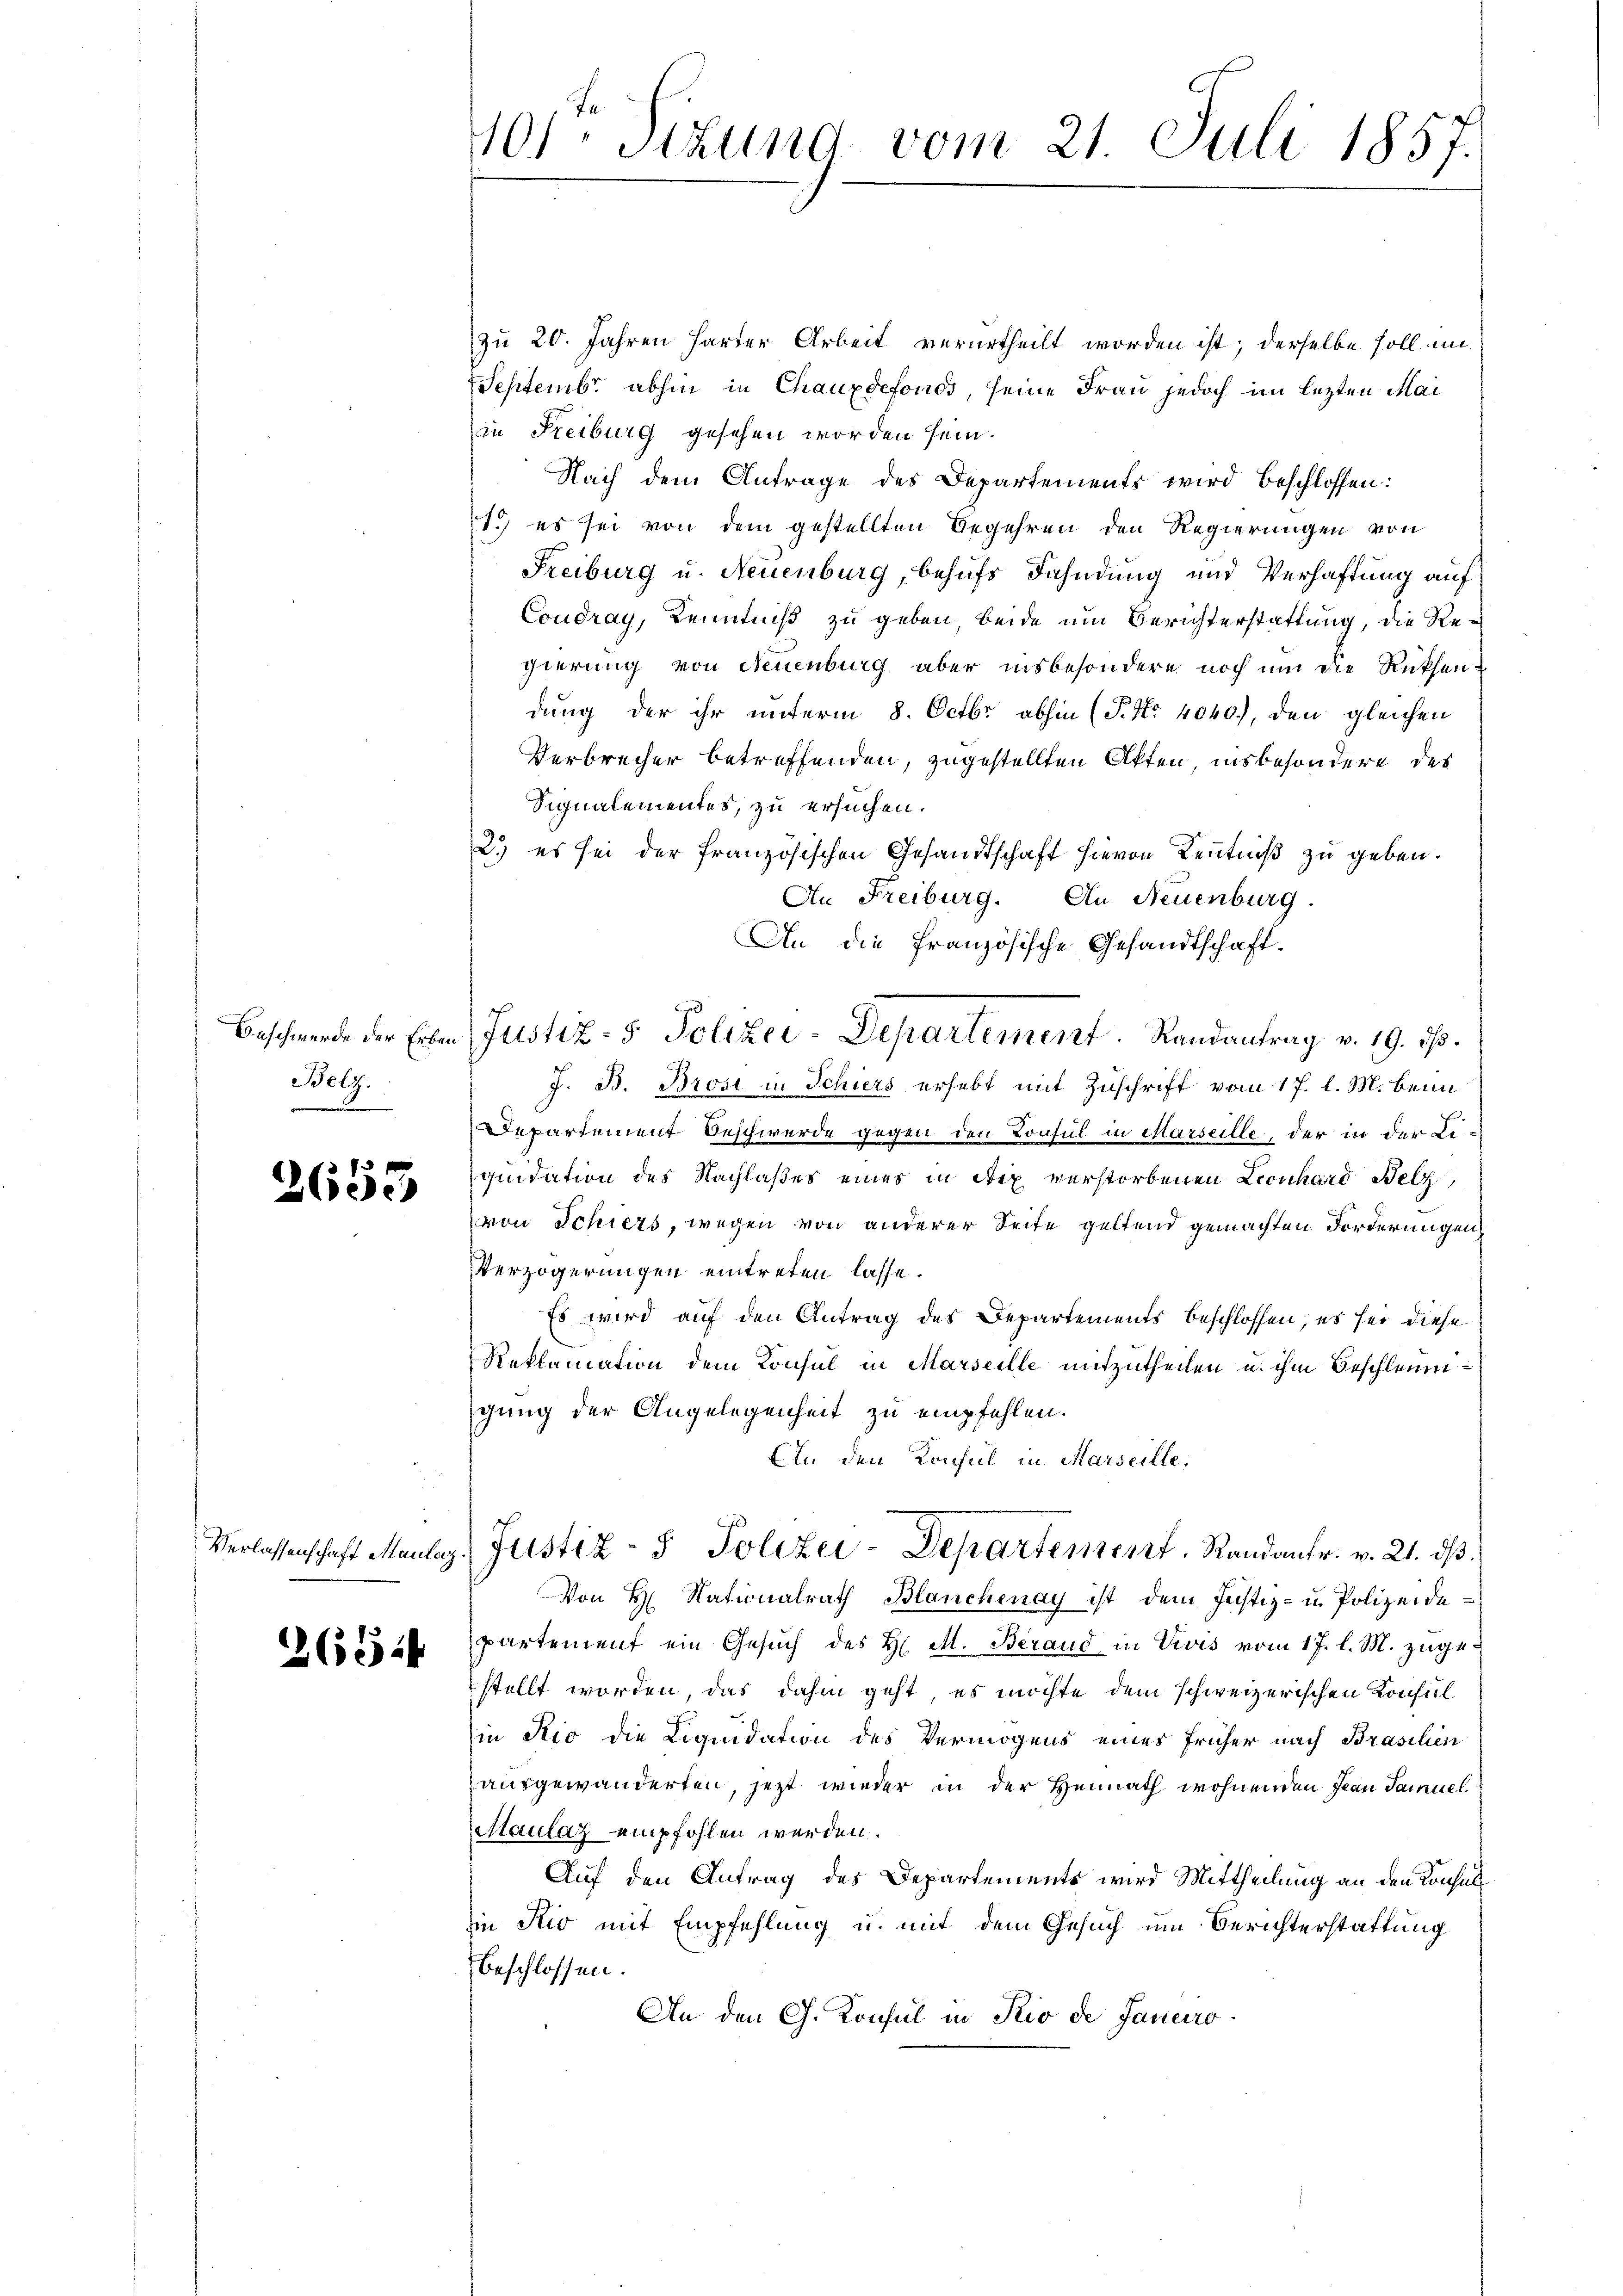
Beschwerde der Erben
Belg.

2653

Verlassenschaft Maulaz

265.

101 Stund vom 21. Juli 1857.

zu 20. Jahren harter Arbeit verurtheilt worden ist; derselbe soll in
Septembr abhin in Chauxdefonds, seine Frau jedoch im lezten Mai
in Freiburg gesehen worden sein.
Nach dem Antrage des Departements wird beschlossen:
1.) es sei von dem gestellten Begehren den Regierungen von
Freiburg u. Neuenburg, behufs Fahndung und Verhaftung auf
Coudray, Kenntniß zu geben, beide um Berichterstattung, die Regierung von Neuenburg aber insbesondere noch um die Rükhen-
dung der ihr unterm 8. Octbr. abhin (P. Nr. 4040.), den gleichen
Verbrecher betreffenden, zugestellten Akten, insbesondere des
Signalementes, zu ersuchen.
2.) es sei der französischen Gesandtschaft hievon Kenntniß zu geben.
An Freiburg. An Neuenburg.
An die französische Gesandtschaft.
J. B. Brost in Schiers erhebt mit Zuschrift vom 17. l. M. beim
Departement Beschwerde gegen den Konsul in Marseille, der in der Liquidation des Nachlaßes eines in Arx verstorbenen Leonhard Belz
von Schiers, wegen von anderer Seite geltend gemachten Forderungen,
Verzögerungen eintreten lasse.
Es wird auf den Antrag des Departements beschlossen; es sei diese
Reklamation dem Konsul in Marseille mitzutheilen u. ihm beschleum
gung der Angelegenheit zu empfehlen.
Ein den Konsul in Marseille,
 Justiz- & Polizei-Departement, Randantr. v. 21. ds.
Von H. Nationalrath Blanchenay ist dem Justiz- und Polizeide
partement ein Gesuch des H. M. Berand in Divis vom 17. l. M. zugestellt worden, das dahin geht, es möchte dem schweizerischen Konseil
in Rio die Liquidation des Vermögens eines früher nach Brasilien
ausgewanderten, jetzt wieder in der Heimath wohnenden Frau Samuel
Maulaz empfohlen werden.
Auf den Antrag des Departements wird Mittheilung an den Konsuls
in Rio mit Empfehlung u. mit dem Gesuch um Berichterstattung
beschlossen:
An den Ch. Konsul in Rio de Janeiro

Justiz- & Polizei-Departement. Randantrag v. 19. d.